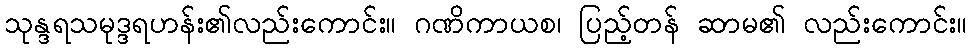
သုန္ဒရသမုဒ္ဒရဟန်း၏လည်းကောင်း။ ဂဏိကာယစ၊ ပြည့်တန် ဆာမ၏ လည်းကောင်း။